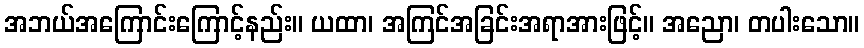
အဘယ်အကြောင်းကြောင့်နည်း။ ယထာ၊ အကြင်အခြင်းအရာအားဖြင့်။ အညော၊ တပါးသော။